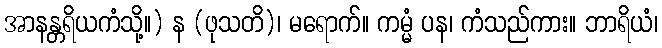
အာနန္တရိယကံသို့။) န (ဖုသတိ)၊ မရောက်။ ကမ္မံ ပန၊ ကံသည်ကား။ ဘာရိယံ၊